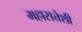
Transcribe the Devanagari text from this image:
महासत्तेशी